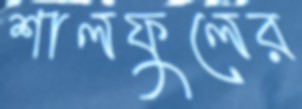
শালফুলের